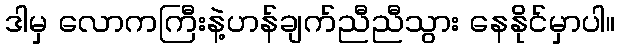
ဒါမှ လောကကြီးနဲ့ဟန်ချက်ညီညီသွား နေနိုင်မှာပါ။